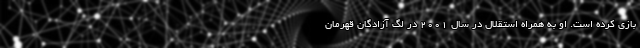
بازی کرده است. او به همراه استقلال در سال 2001 در لگ آزادگان قهرمان